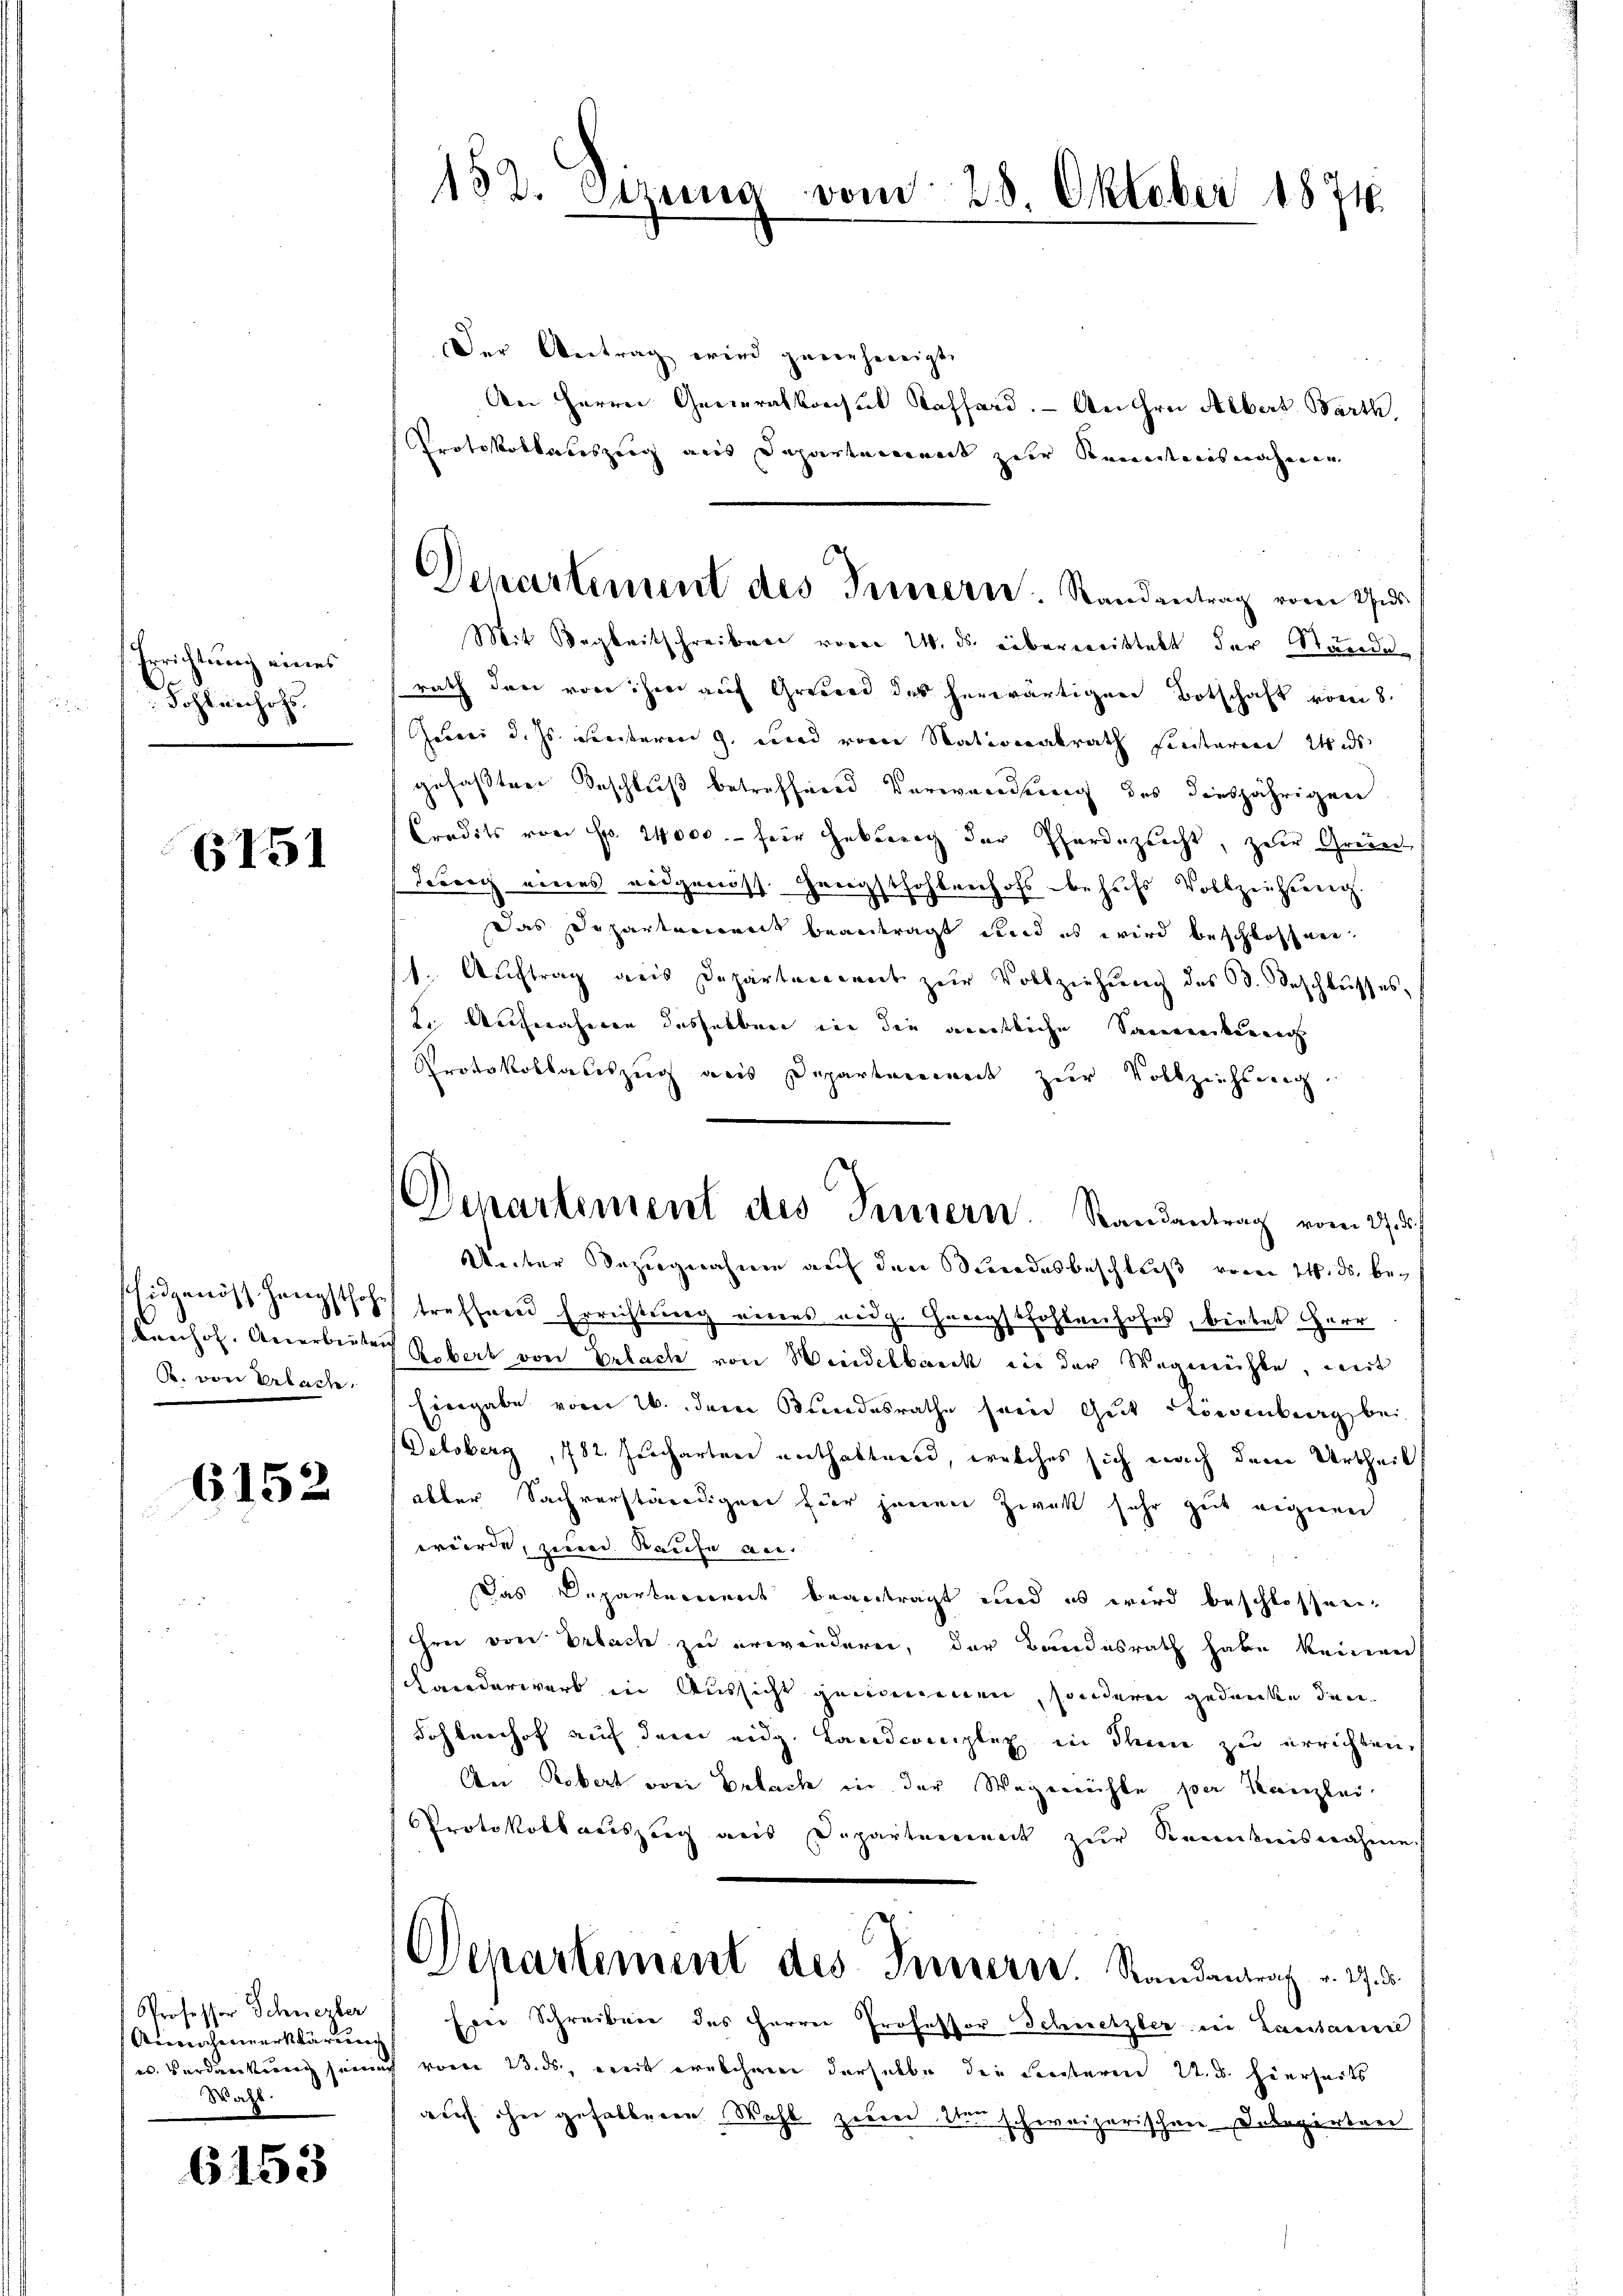
Errichtung eines
Sohtanhoh

6151

Eidgenöss. Hengstho
kenhof. Anerbiet
R. von Erlach,

6152

Professor Schnezler
Anwachenwerklärung
Waht.

6153

132. Sitzung vom 28. Oktober 1874.

Departement des Innern. Standentrag vom 9.

Denartement des Tunnern. Randantrag vom 27. d.

Der Antrag wird gerecheneigt.
den Herrn Generalkonsul Koffard. — An ihre Albers Barth
Protokollaueszeig aus Dapartement zur Kenntnisnahmen
Mit Begleitschreiben vom 24. ds. überweittelt der Ständen
rath den von ihm auf Grebend des herwärtigen Botschaft vom 8.
Juni d. Js. meisteren zu und von Nationalrath seiteren Wide
gefaßten Beschluß betreffenen Verwendung des diesjährigen
Credits von Fr. 14000.- für Gebung der Pferdezeicht, zur Grund
derung eines eidgenöss. Hengsthohlenhofs behufs Vollzeichung.
Das Departement beantragt und es wird beschlossen.
/1. Aŭftrag aus Departercent zŭr Vollziehŭng des B. Beschlŭsses,
2. Aufnäheren desselben in die amentliche Sanenverkenne
Protokollateszug aus Departement zur Vollziehung.
Unter Bezugnahme auf den indesbeschluß vom 24. ds. bese treffend Errichtung eines eidg. Gangstfohlenhofes, bietet Herr
 Robert von Erlach von Windelbaeck in der Wegmühle, weit
Eingabe vom 26. dem Bundesrathe sein Gut tönenberg bei
Detoberg, 782. Jucharten enthaltend, welches sich nach dem Urtheil
abler Sachverständigung hier jenen Zweck sehr gut eignen
würde, zum Raufe an
Das Departement beantragt und es wird beschlossen,
heer von Erbach zu erwänderen, der Bundesrath habe keinen
Schanderwerk in Aussicht genommen, sondern gedanke den¬
Sohlenhof auf dem eidg. Landcomplex in dem zu errichten,
An Robert von Erlach in der Wagenrechte per Kanzlei.
Protokollauszug aus Departemeineck zur Kenntnisnahme
Departement des Innern. Randantrat v. 27. d.
Eier Schreiben des Herren Professor Schusetzler in Lausanne
u. Verdankung seine vom 13. ds., weit welchen derselbe die Seesteren U. u. hierseits
rauch her gefallenen Wahl zur Verschweizerischen Delegirten